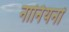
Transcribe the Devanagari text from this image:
नार्नियनों